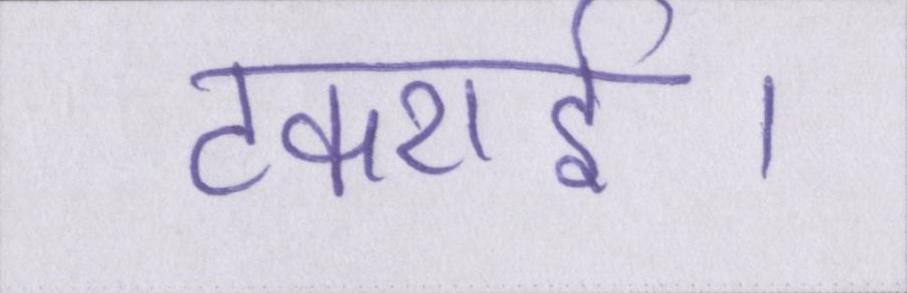
टकराई।